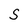
Character: S